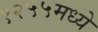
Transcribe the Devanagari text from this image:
१२५५मध्ये